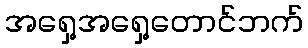
အရှေ့အရှေ့တောင်ဘက်